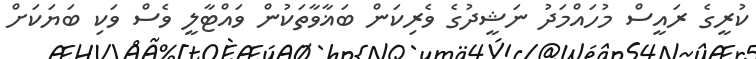
ކުރީގެ ރައީސް މުހައްމަދު ނަޝީދުގެ ވެރިކަން ބަޣާވާތަކުން ވައްޓާލީ ވެސް ވަކި ބަޔަކަށް